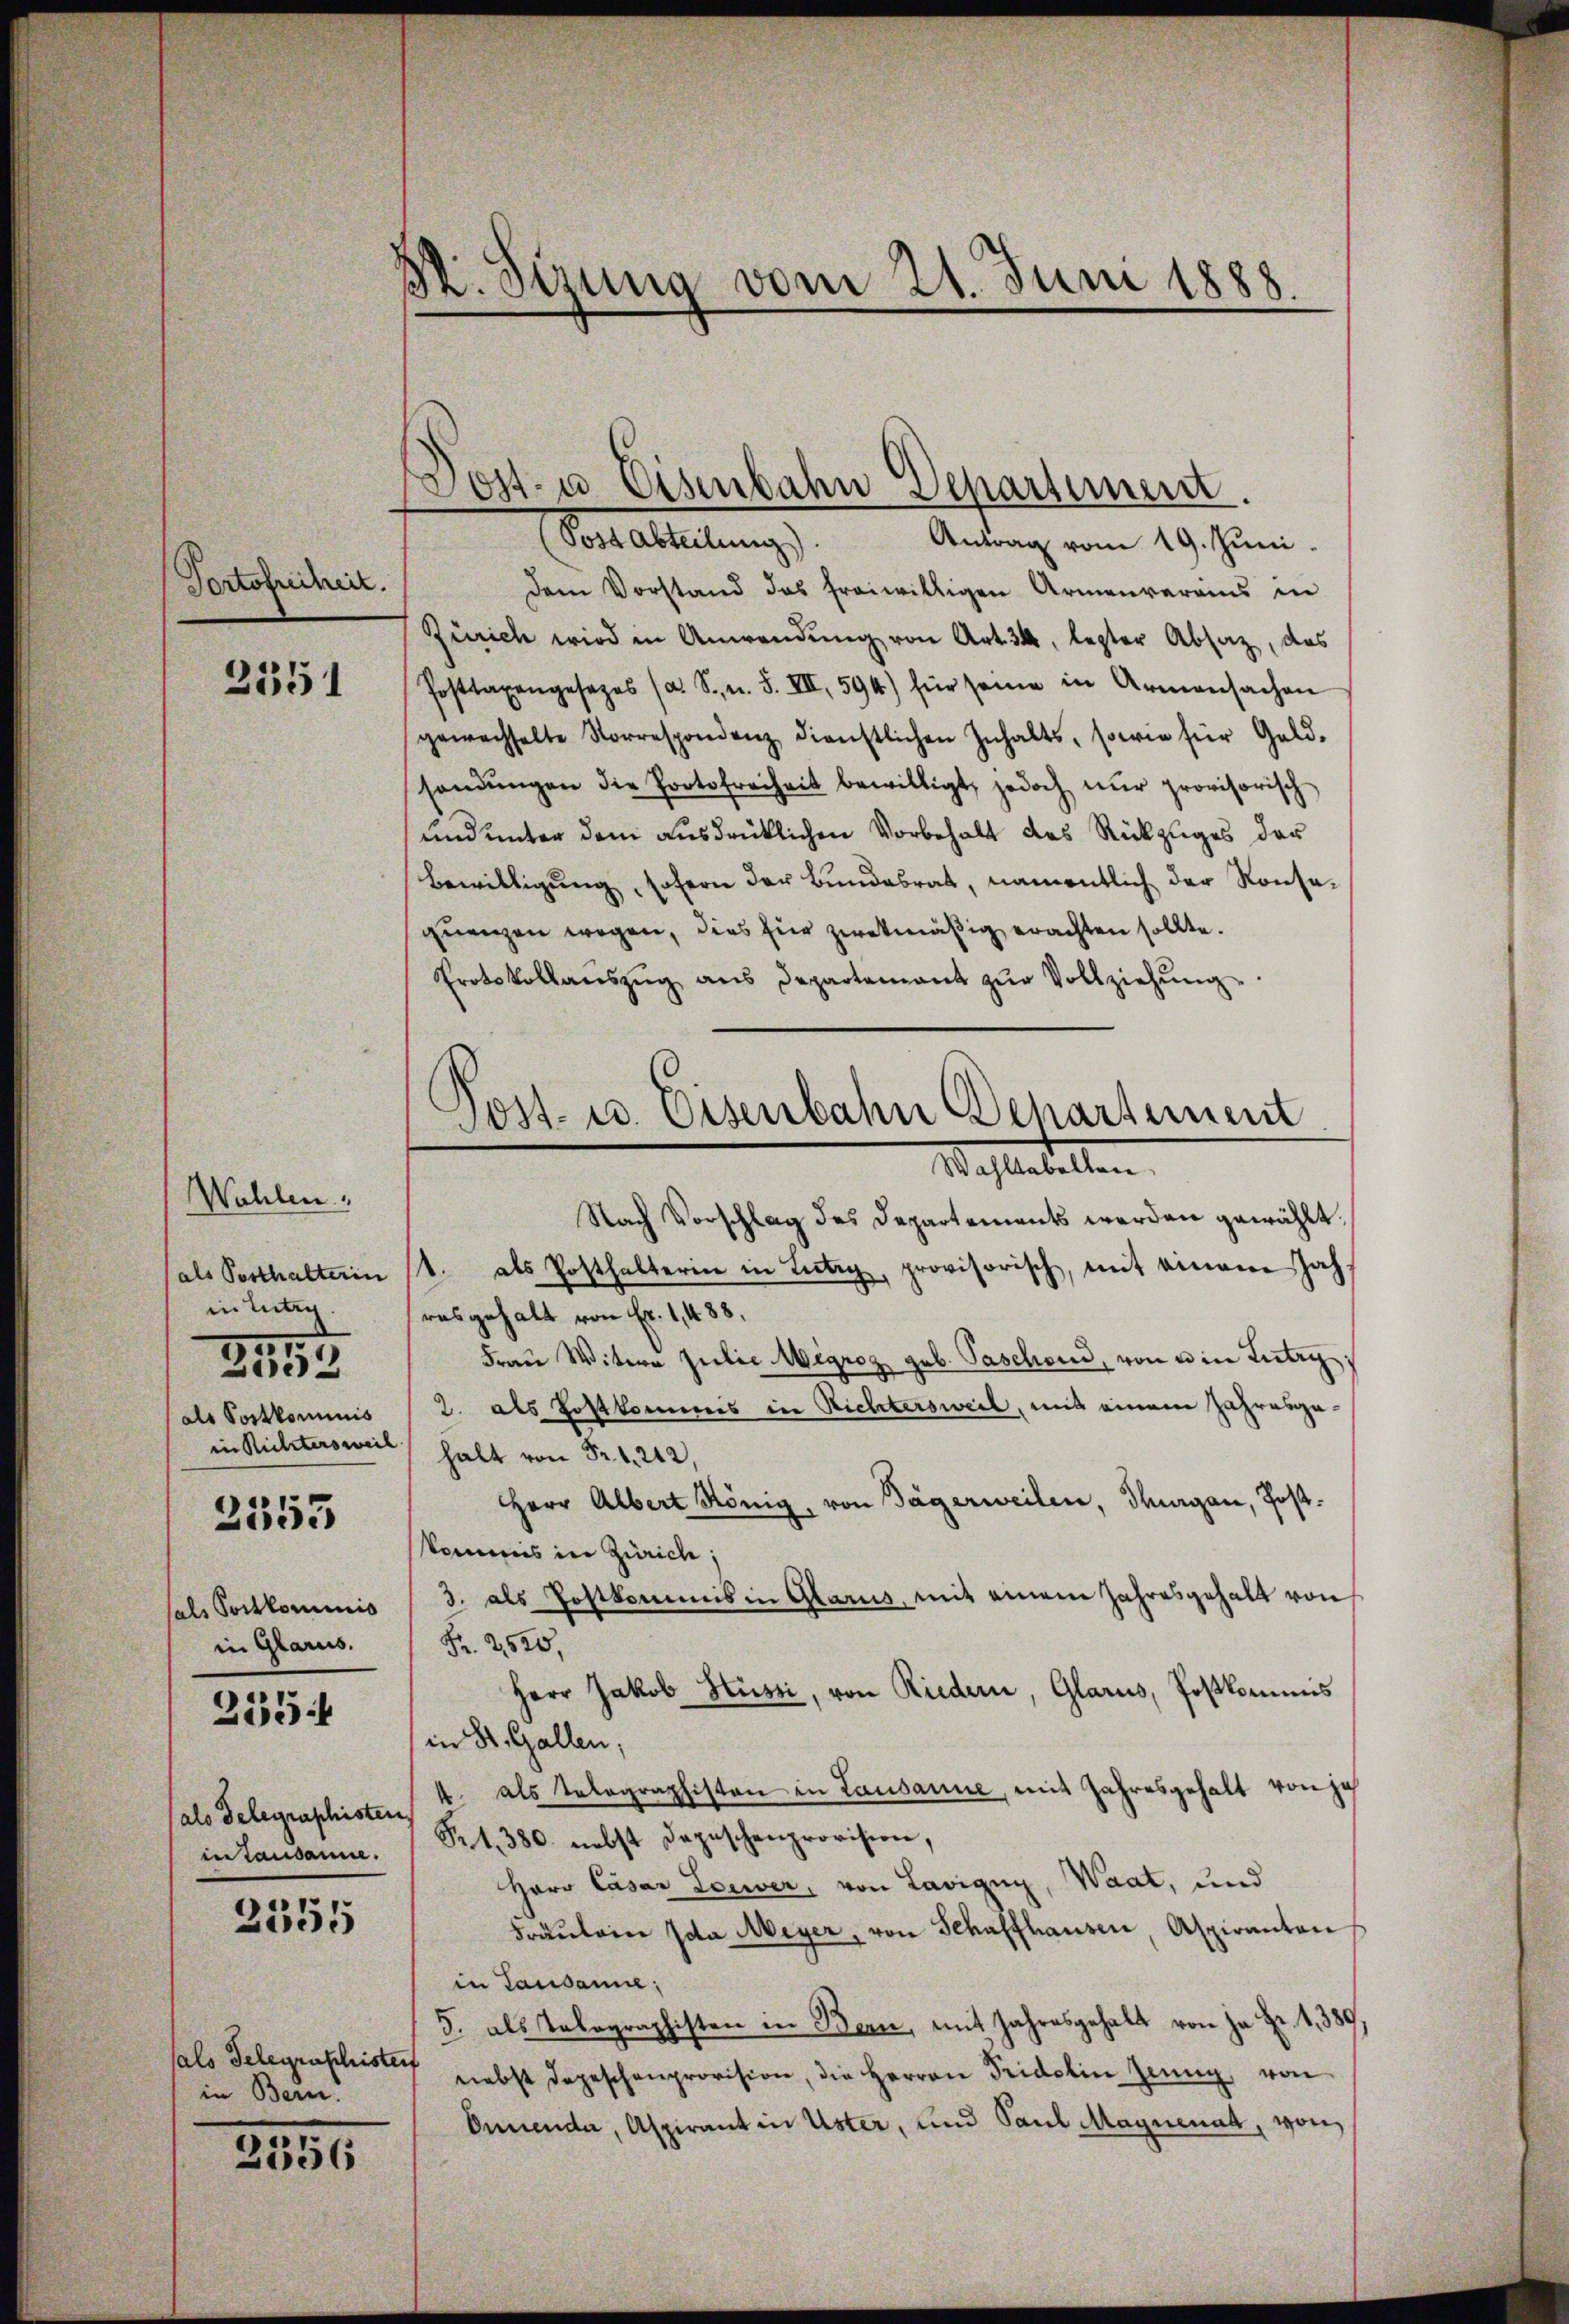
Portofreiheit.

2351

Wahlen,
(als Posthalterin
in unten
als Portkominis
in Richtersweil
hals Portkommnis
in Glarus.
2554
als Delegenschisten
in Lausanne.

.
2002

2555

2555

sals Gelegenschristen
in Bern.

2356

Dr. Sizung vom 21. Juni 1888.

Post- u. Eisenbahn Departement.
Von Arbeitung
Antrag vom 19. Juni.

dem Vorstand das freiwilligen Armenvereins in
Zürich wird in Anwendung von Art. 34, lezter Absatz, das
Posttaxengesezes (a. S., n. F. VII, 594) für seine in Armensachen
gewachselte Korrespondenz dienstlichen Inhalts, sowie für Geld-
sandŭngen die Portofreiheit bewilligt, jedoch nŭr provisorisch
und unter dem ausdrücklichen Vorbehalt des Rückzuges der
Bewilligung, sofern der Bundesrat, namentlich der Konsequenzen wegen, dies für zwekmäßig erachten sollte.
Protokollaŭszŭg ans Departement zŭr Vollziehŭng
1. als Posthalteren in Lutry, provisorisch, mit einem Jahresgehalt von Fr. 1,488.
Fraŭ Witwe Julie Migroz geb. Paschend, von ein Lutry,
2. als Postkommes in Richtersweil, mit einem Jahresge-
halt von Fr. 1242,
Herr Albert König, von Tägerweilen, Thurgau, Postkommis in Zürich;
3. als Postkommis in Glarus, mit einem Jahresgehalt von
Pr. 2520,
Herr Jakob Hüssi, von Riedern, Glarus, Postkommis
in St. Gallen,
4 als Telegraphisten in Lausanne, mit Jahresgehalt von je
St.380. nebst Depeschenprovision,
Herr Casar Loewer, von Lavigny, Waat, und
Fräŭlein Ida Meyer, von Schaffhausen, Aspiranton
in Tausanne;
3. als Telegraphisten in Bern, mit Jahresgehalt von ja Hr. 1, 38
nebst depeschenprovision, die Herren Fridolin Jenny, von
Onnenda, Aspirant in Uster, und Paul Maynenat, von

.
Post- u. Eisenbahn Departement
Maftestellen
Nach Vorschlag des Departements werden gewählt.